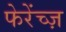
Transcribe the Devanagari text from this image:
फेरेंच्ज़